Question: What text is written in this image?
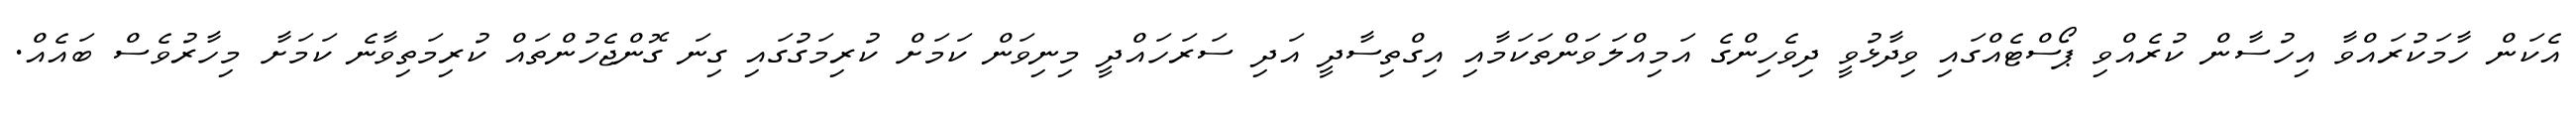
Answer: އެކަން ހާމަކުރައްވާ އިހުސާން ކުރެއްވި ޕޯސްޓެއްގައި ވިދާޅުވީ ދިވެހިންގެ އަމިއްލަވަންތަކަމާއި އިގްތިސާދީ އަދި ސަރަހައްދީ މިނިވަން ކަމަށް ކުރިމަގުގައި ގިނަ ގޮންޖެހުންތައް ކުރިމަތިވާނެ ކަމަށާ މިހާރުވެސް ބައެއް.